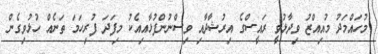
މުހައްމަދު މުއިއްޒު ވިދާޅުވީ ރައީސްގެ އިރުޝާދާއި ވިސްނުންފުޅާއިއެކު މިފަދަ ފުރިހަމަ ތަނެއް ހުޅުވިގެން